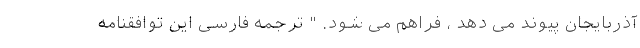
آذربایجان پیوند می دهد ، فراهم می شود. " ترجمه فارسی این توافقنامه